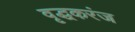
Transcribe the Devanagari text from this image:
वृद्धकरंज